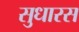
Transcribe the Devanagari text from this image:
सुधारस